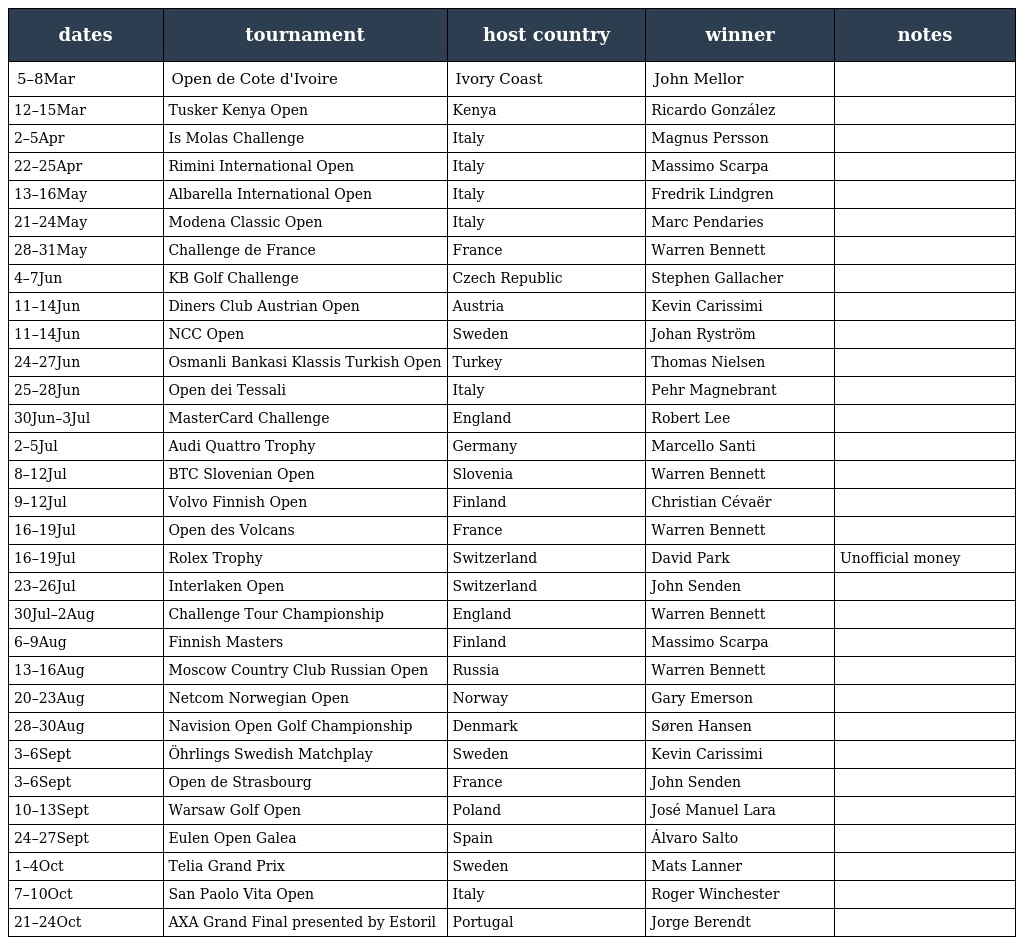
| dates | tournament | host country | winner | notes |
 | --- | --- | --- | --- | --- |
 | 5–8Mar | Open de Cote d'Ivoire | Ivory Coast | John Mellor |  |
 | 12–15Mar | Tusker Kenya Open | Kenya | Ricardo González |  |
 | 2–5Apr | Is Molas Challenge | Italy | Magnus Persson |  |
 | 22–25Apr | Rimini International Open | Italy | Massimo Scarpa |  |
 | 13–16May | Albarella International Open | Italy | Fredrik Lindgren |  |
 | 21–24May | Modena Classic Open | Italy | Marc Pendaries |  |
 | 28–31May | Challenge de France | France | Warren Bennett |  |
 | 4–7Jun | KB Golf Challenge | Czech Republic | Stephen Gallacher |  |
 | 11–14Jun | Diners Club Austrian Open | Austria | Kevin Carissimi |  |
 | 11–14Jun | NCC Open | Sweden | Johan Ryström |  |
 | 24–27Jun | Osmanli Bankasi Klassis Turkish Open | Turkey | Thomas Nielsen |  |
 | 25–28Jun | Open dei Tessali | Italy | Pehr Magnebrant |  |
 | 30Jun–3Jul | MasterCard Challenge | England | Robert Lee |  |
 | 2–5Jul | Audi Quattro Trophy | Germany | Marcello Santi |  |
 | 8–12Jul | BTC Slovenian Open | Slovenia | Warren Bennett |  |
 | 9–12Jul | Volvo Finnish Open | Finland | Christian Cévaër |  |
 | 16–19Jul | Open des Volcans | France | Warren Bennett |  |
 | 16–19Jul | Rolex Trophy | Switzerland | David Park | Unofficial money |
 | 23–26Jul | Interlaken Open | Switzerland | John Senden |  |
 | 30Jul–2Aug | Challenge Tour Championship | England | Warren Bennett |  |
 | 6–9Aug | Finnish Masters | Finland | Massimo Scarpa |  |
 | 13–16Aug | Moscow Country Club Russian Open | Russia | Warren Bennett |  |
 | 20–23Aug | Netcom Norwegian Open | Norway | Gary Emerson |  |
 | 28–30Aug | Navision Open Golf Championship | Denmark | Søren Hansen |  |
 | 3–6Sept | Öhrlings Swedish Matchplay | Sweden | Kevin Carissimi |  |
 | 3–6Sept | Open de Strasbourg | France | John Senden |  |
 | 10–13Sept | Warsaw Golf Open | Poland | José Manuel Lara |  |
 | 24–27Sept | Eulen Open Galea | Spain | Álvaro Salto |  |
 | 1–4Oct | Telia Grand Prix | Sweden | Mats Lanner |  |
 | 7–10Oct | San Paolo Vita Open | Italy | Roger Winchester |  |
 | 21–24Oct | AXA Grand Final presented by Estoril | Portugal | Jorge Berendt |  |